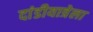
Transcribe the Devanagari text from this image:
दांडीयात्रेला